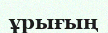
ұрығың